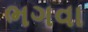
ભગવા